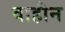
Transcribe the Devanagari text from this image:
वाहीन